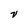
Character: V